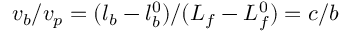
v _ { b } / v _ { p } = ( l _ { b } - l _ { b } ^ { 0 } ) / ( L _ { f } - L _ { f } ^ { 0 } ) = c / b